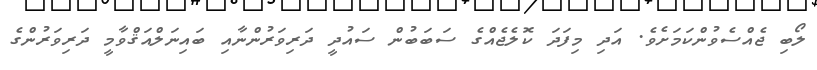
ލޯބި ޖެއްސެވުންކަމަށެވެ. އަދި މިފަދަ ކޮލެޖެއްގެ ސަބަބުން ސައުދީ ދަރިވަރުންނާއި ބައިނަލްއަޤްވާމީ ދަރިވަރުންގެ